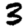
Digit: 3